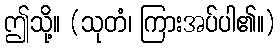
ဤသို့။ (သုတံ၊ ကြားအပ်ပါ၏။)